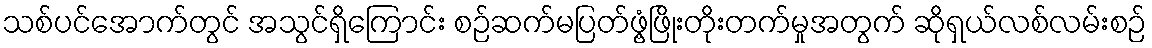
သစ်ပင်အောက်တွင် အသွင်ရှိကြောင်း စဉ်ဆက်မပြတ်ဖွံ့ဖြိုးတိုးတက်မှုအတွက် ဆိုရှယ်လစ်လမ်းစဉ်